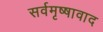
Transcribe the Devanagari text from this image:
सर्वमृष्षावाद